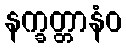
နက္ခတ္တာနံဝ